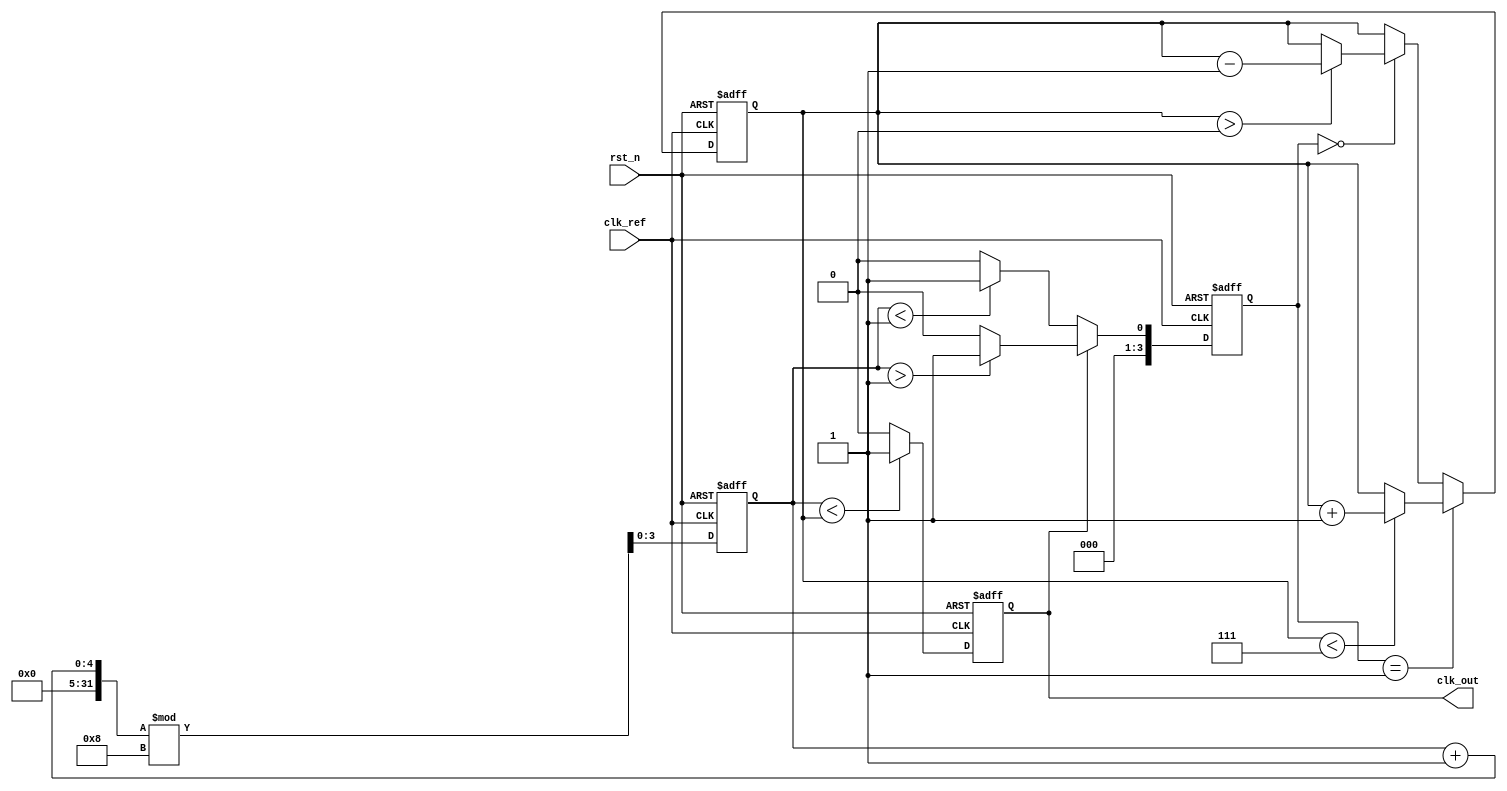
module dll (
    input wire clk_ref,           // Reference clock input
    input wire rst_n,            // Active low reset
    output reg clk_out           // Output clock
);

    // Parameters
    parameter DELAY_STAGES = 8;  // Number of delay stages
    parameter PHASE_TOLERANCE = 1; // Tolerance for phase alignment

    // Internal signals
    reg [DELAY_STAGES-1:0] delay_line; // Delay line control
    reg [3:0] error_signal;             // Error signal from phase detector
    reg [3:0] delay_setting;            // Current delay setting
    reg [3:0] phase_counter;            // Phase counter for output clock

    // Phase Detector
    always @(posedge clk_ref or negedge rst_n) begin
        if (!rst_n) begin
            error_signal <= 0;
        end else begin
            // Simple phase detection logic
            if (clk_out) begin
                error_signal <= (phase_counter > PHASE_TOLERANCE) ? 1 : 0;
            end else begin
                error_signal <= (phase_counter < PHASE_TOLERANCE) ? 1 : 0;
            end
        end
    end

    // Control Logic
    always @(posedge clk_ref or negedge rst_n) begin
        if (!rst_n) begin
            delay_setting <= 0;
        end else begin
            // Adjust delay setting based on error signal
            if (error_signal == 1) begin
                if (delay_setting < DELAY_STAGES - 1) begin
                    delay_setting <= delay_setting + 1; // Increase delay
                end
            end else if (error_signal == 0) begin
                if (delay_setting > 0) begin
                    delay_setting <= delay_setting - 1; // Decrease delay
                end
            end
        end
    end

    // Delay Line Implementation
    always @(posedge clk_ref or negedge rst_n) begin
        if (!rst_n) begin
            delay_line <= 0;
        end else begin
            case (delay_setting)
                4'd0: delay_line <= 1'b0; // No delay
                4'd1: delay_line <= 1'b1; // 1 stage delay
                4'd2: delay_line <= 2'b11; // 2 stages delay
                4'd3: delay_line <= 3'b111; // 3 stages delay
                // Add more cases as needed for additional delay stages
                default: delay_line <= 0;
            endcase
        end
    end

    // Output Clock Generation
    always @(posedge clk_ref or negedge rst_n) begin
        if (!rst_n) begin
            clk_out <= 0;
            phase_counter <= 0;
        end else begin
            // Generate output clock based on delay line
            if (phase_counter < delay_setting) begin
                clk_out <= 1; // Output high
            end else begin
                clk_out <= 0; // Output low
            end
            
            // Increment phase counter
            phase_counter <= (phase_counter + 1) % DELAY_STAGES;
        end
    end

endmodule